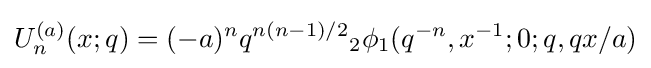
U_{n}^{(a)}(x;q)=(-a)^{n}q^{n(n-1)/2}{}_{2}\phi _{1}(q^{-n},x^{-1};0;q,qx/a)